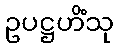
ဥပဋ္ဌဟိံသု